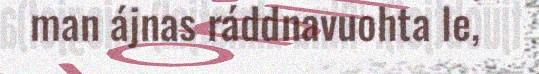
man ájnas ráddnavuohta le,